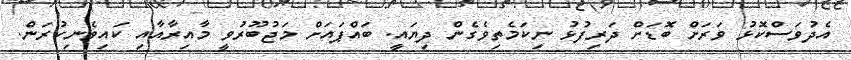
އެދުވަސްކޮޅު ވަރަށް ބޮޑަށް ދަރިފުޅު ނިކަމެތިވެގެން ދިޔައީ. ބައްޕައަށް މަޖުބޫރުވީ މާއިރާއާއި ކައިވެނިކުރަން.